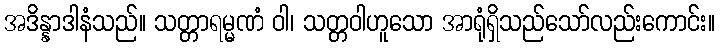
အဒိန္နာဒါနံသည်။ သတ္တာရမ္မဏံ ဝါ၊ သတ္တဝါဟူသော အာရုံရှိသည်သော်လည်းကောင်း။